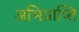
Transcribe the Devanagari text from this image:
अभिप्राप्ति